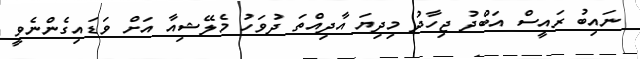
ނައިބު ރައީސް އަބްދު ޖިހާދު މިދިޔަ އާދިއްތަ ދުވަހު މެލޭޝިއާ އަށް ވަޑައިގެންނެވީ